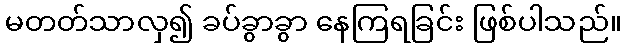
မတတ်သာလှ၍ ခပ်ခွာခွာ နေကြရခြင်း ဖြစ်ပါသည်။